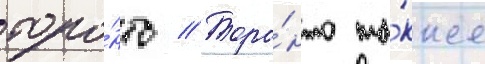
торо́нто // Торо́нто та́кже